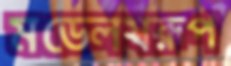
মডেলস্বরূপ